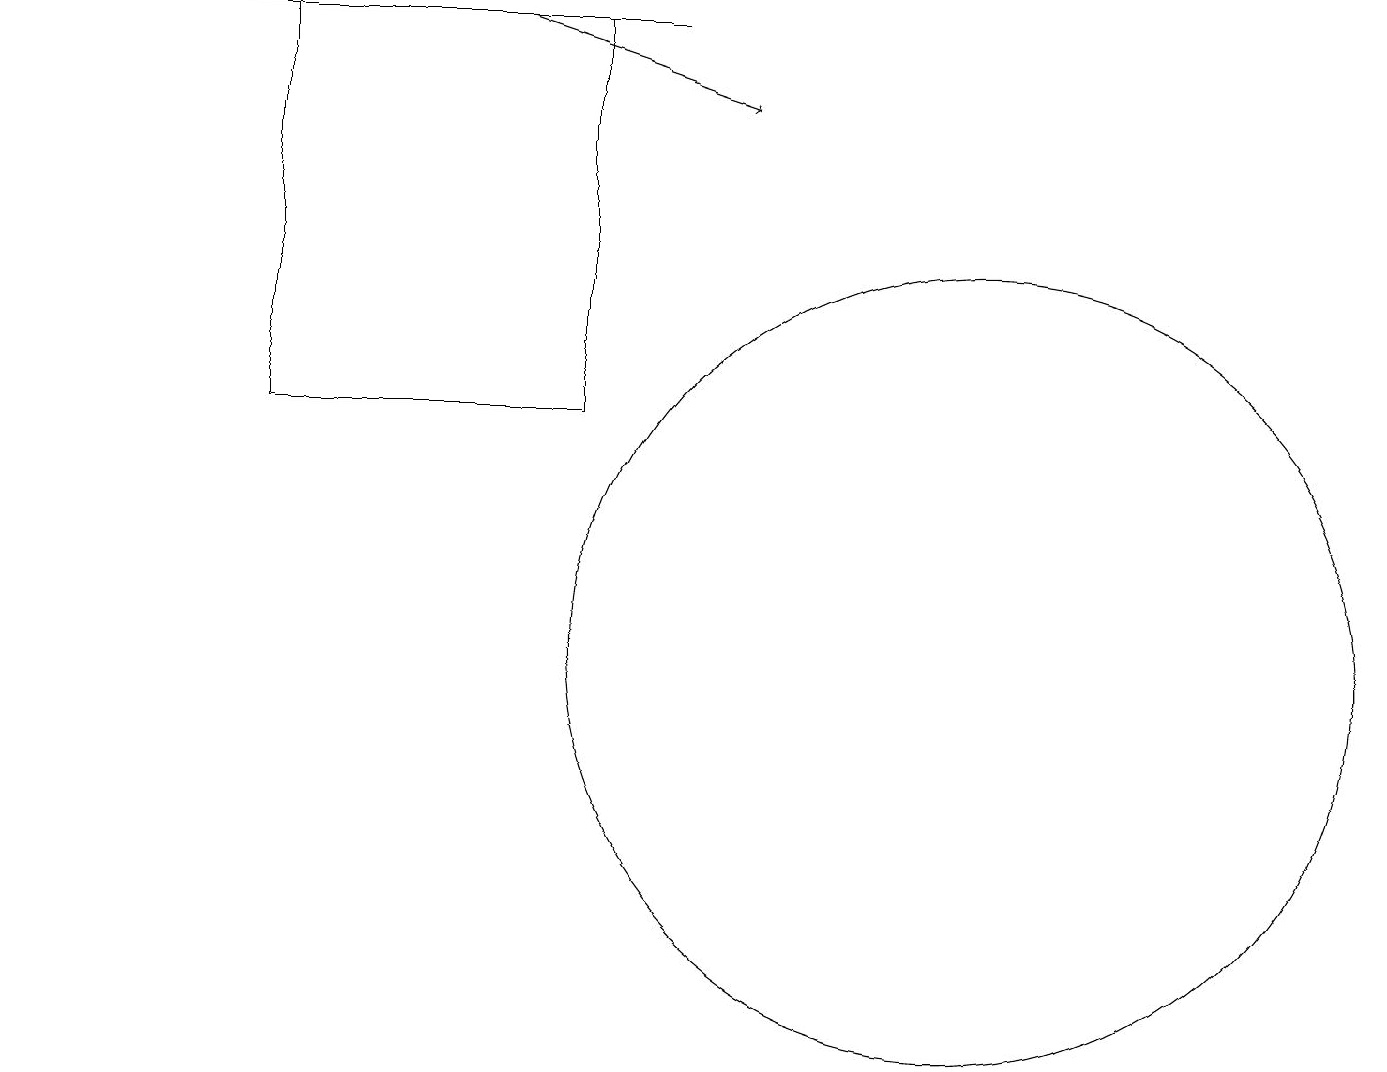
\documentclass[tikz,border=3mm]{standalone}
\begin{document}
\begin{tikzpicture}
\draw (12,10) circle (5);
\draw (7,13) rectangle (3,18);
\draw (11,11) circle (0);
\draw[->] (6,18) -- (9,17);
\draw[->] (8,18) -- (0,18);
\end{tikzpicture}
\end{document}